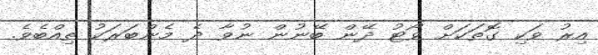
އިރު ވަކި ގޮތަކަށް ވޯޓު ދޭން ބޭނުން ނުވާ ދެ މެންބަރަކު ތިއްބެވެ.